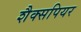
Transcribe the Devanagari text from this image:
शैक्सपियर